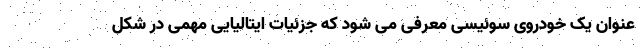
عنوان یک خودروی سوئیسی معرفی می شود که جزئیات ایتالیایی مهمی در شکل